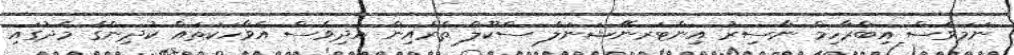
ނަމަވެސް އިބްރާހިމް ނާސިރު އިންޓަރނޭޝަނަލް ސްކޫލް ތެރެއިން އަދިވެސް އެވާހަކަތައް ކުދިންގެ މެދުގައި